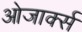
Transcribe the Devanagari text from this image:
ओजार्क्स